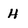
Character: H